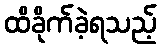
ထိခိုက်ခဲ့ရသည့်